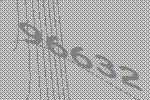
96632